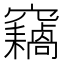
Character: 𱷟